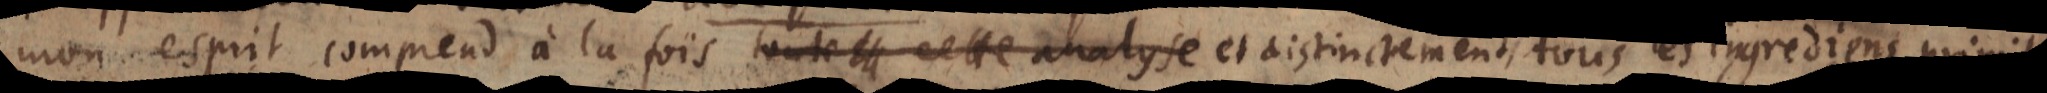
mon esprit comprend à la fois toute cette analyse et distinctement tous les ingrediens